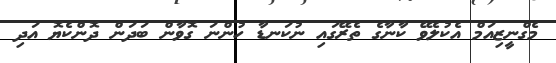
މެގްނީޒިއަމް އެކުލެވޭ ކާނާގެ ތެރޭގައި ނުކަނޑާ ހުންނަ ގޮވާން ބަދަން ދޮންކެޔޮ އަދި